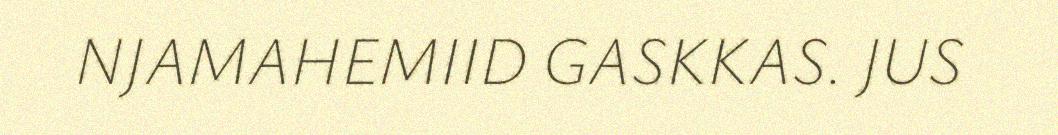
NJAMAHEMIID GASKKAS. JUS